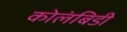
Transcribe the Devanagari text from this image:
कोलंबिडी